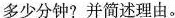
多少分钟?并简述理由。